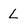
Character: L